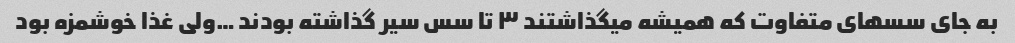
به جای سسهای متفاوت که همیشه میگذاشتند ۳ تا سس سیر گذاشته بودند …ولی غذا خوشمزه بود